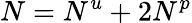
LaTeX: N=N^{u}+2N^{p}